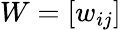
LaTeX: W=[w_{ij}]